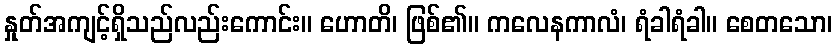
နှုတ်အကျင့်ရှိသည်လည်းကောင်း။ ဟောတိ၊ ဖြစ်၏။ ကလေနကာလံ၊ ရံခါရံခါ။ စေတသော၊